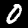
Label: 0